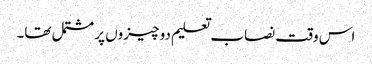
اس وقت نصاب تعلیم دو چیزوں پر مشتمل تھا۔